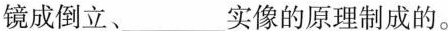
镜成倒立、____实像的原理制成的。